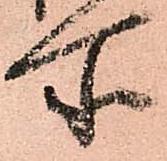
所